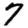
Digit: 7